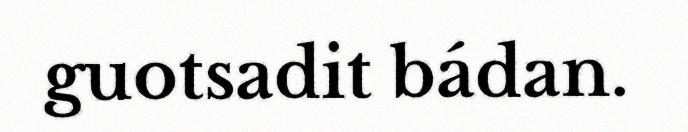
guotsadit bádan.